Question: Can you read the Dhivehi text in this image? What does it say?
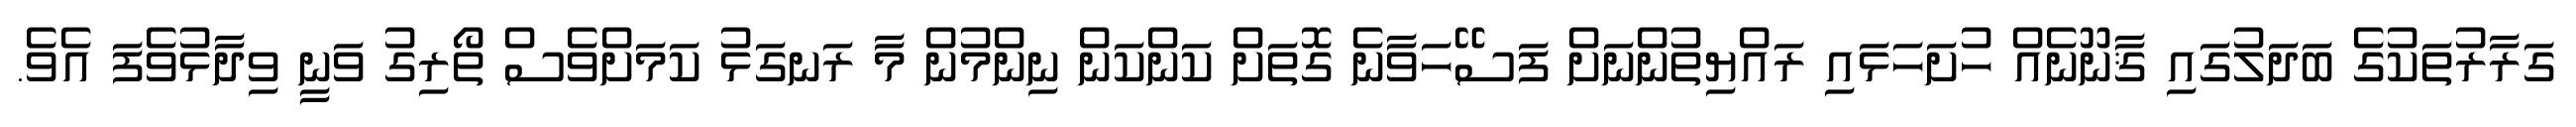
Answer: ގަރާރުތަކުގެ ބަދަލުގައި ޤާނޫނެއް ހުށަހަޅައި ރައްޔިތުންނަށް ފަސޭހަވާނެ ގޮތަށް ކަންކަން ނިންމުން މާ ރަނގަޅު ކަމަށްވެސް ތޯރިގު ވަނީ ވިދާޅުވެފަ އެވެ.